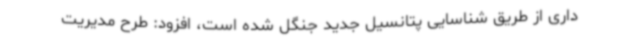
داری از طریق شناسایی پتانسیل جدید جنگل شده است، افزود: طرح مدیریت